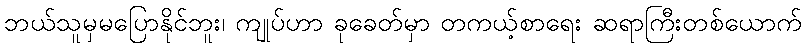
ဘယ်သူမှမပြောနိုင်ဘူး၊ ကျုပ်ဟာ ခုခေတ်မှာ တကယ့်စာရေး ဆရာကြီးတစ်ယောက်